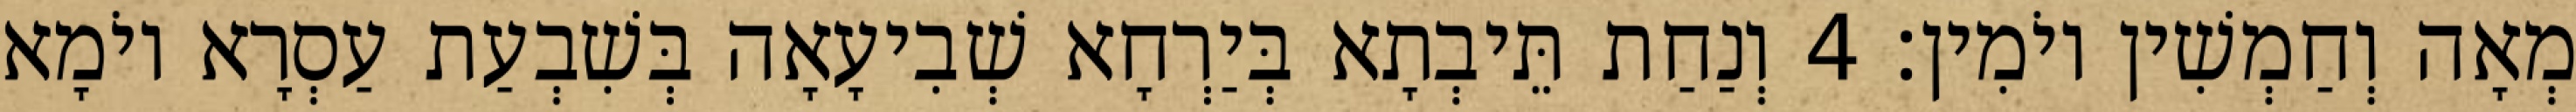
מְאָה וְחַמְשִׁין יוֹמִין׃ 4 וְנַחַת תֵּיבְתָא בְּיַרְחָא שְׁבִיעָאָה בְּשִׁבְעַת עַסְרָא יוֹמָא